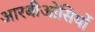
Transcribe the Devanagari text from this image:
आरबीओसियों